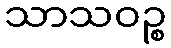
သာသဝဉ္စ